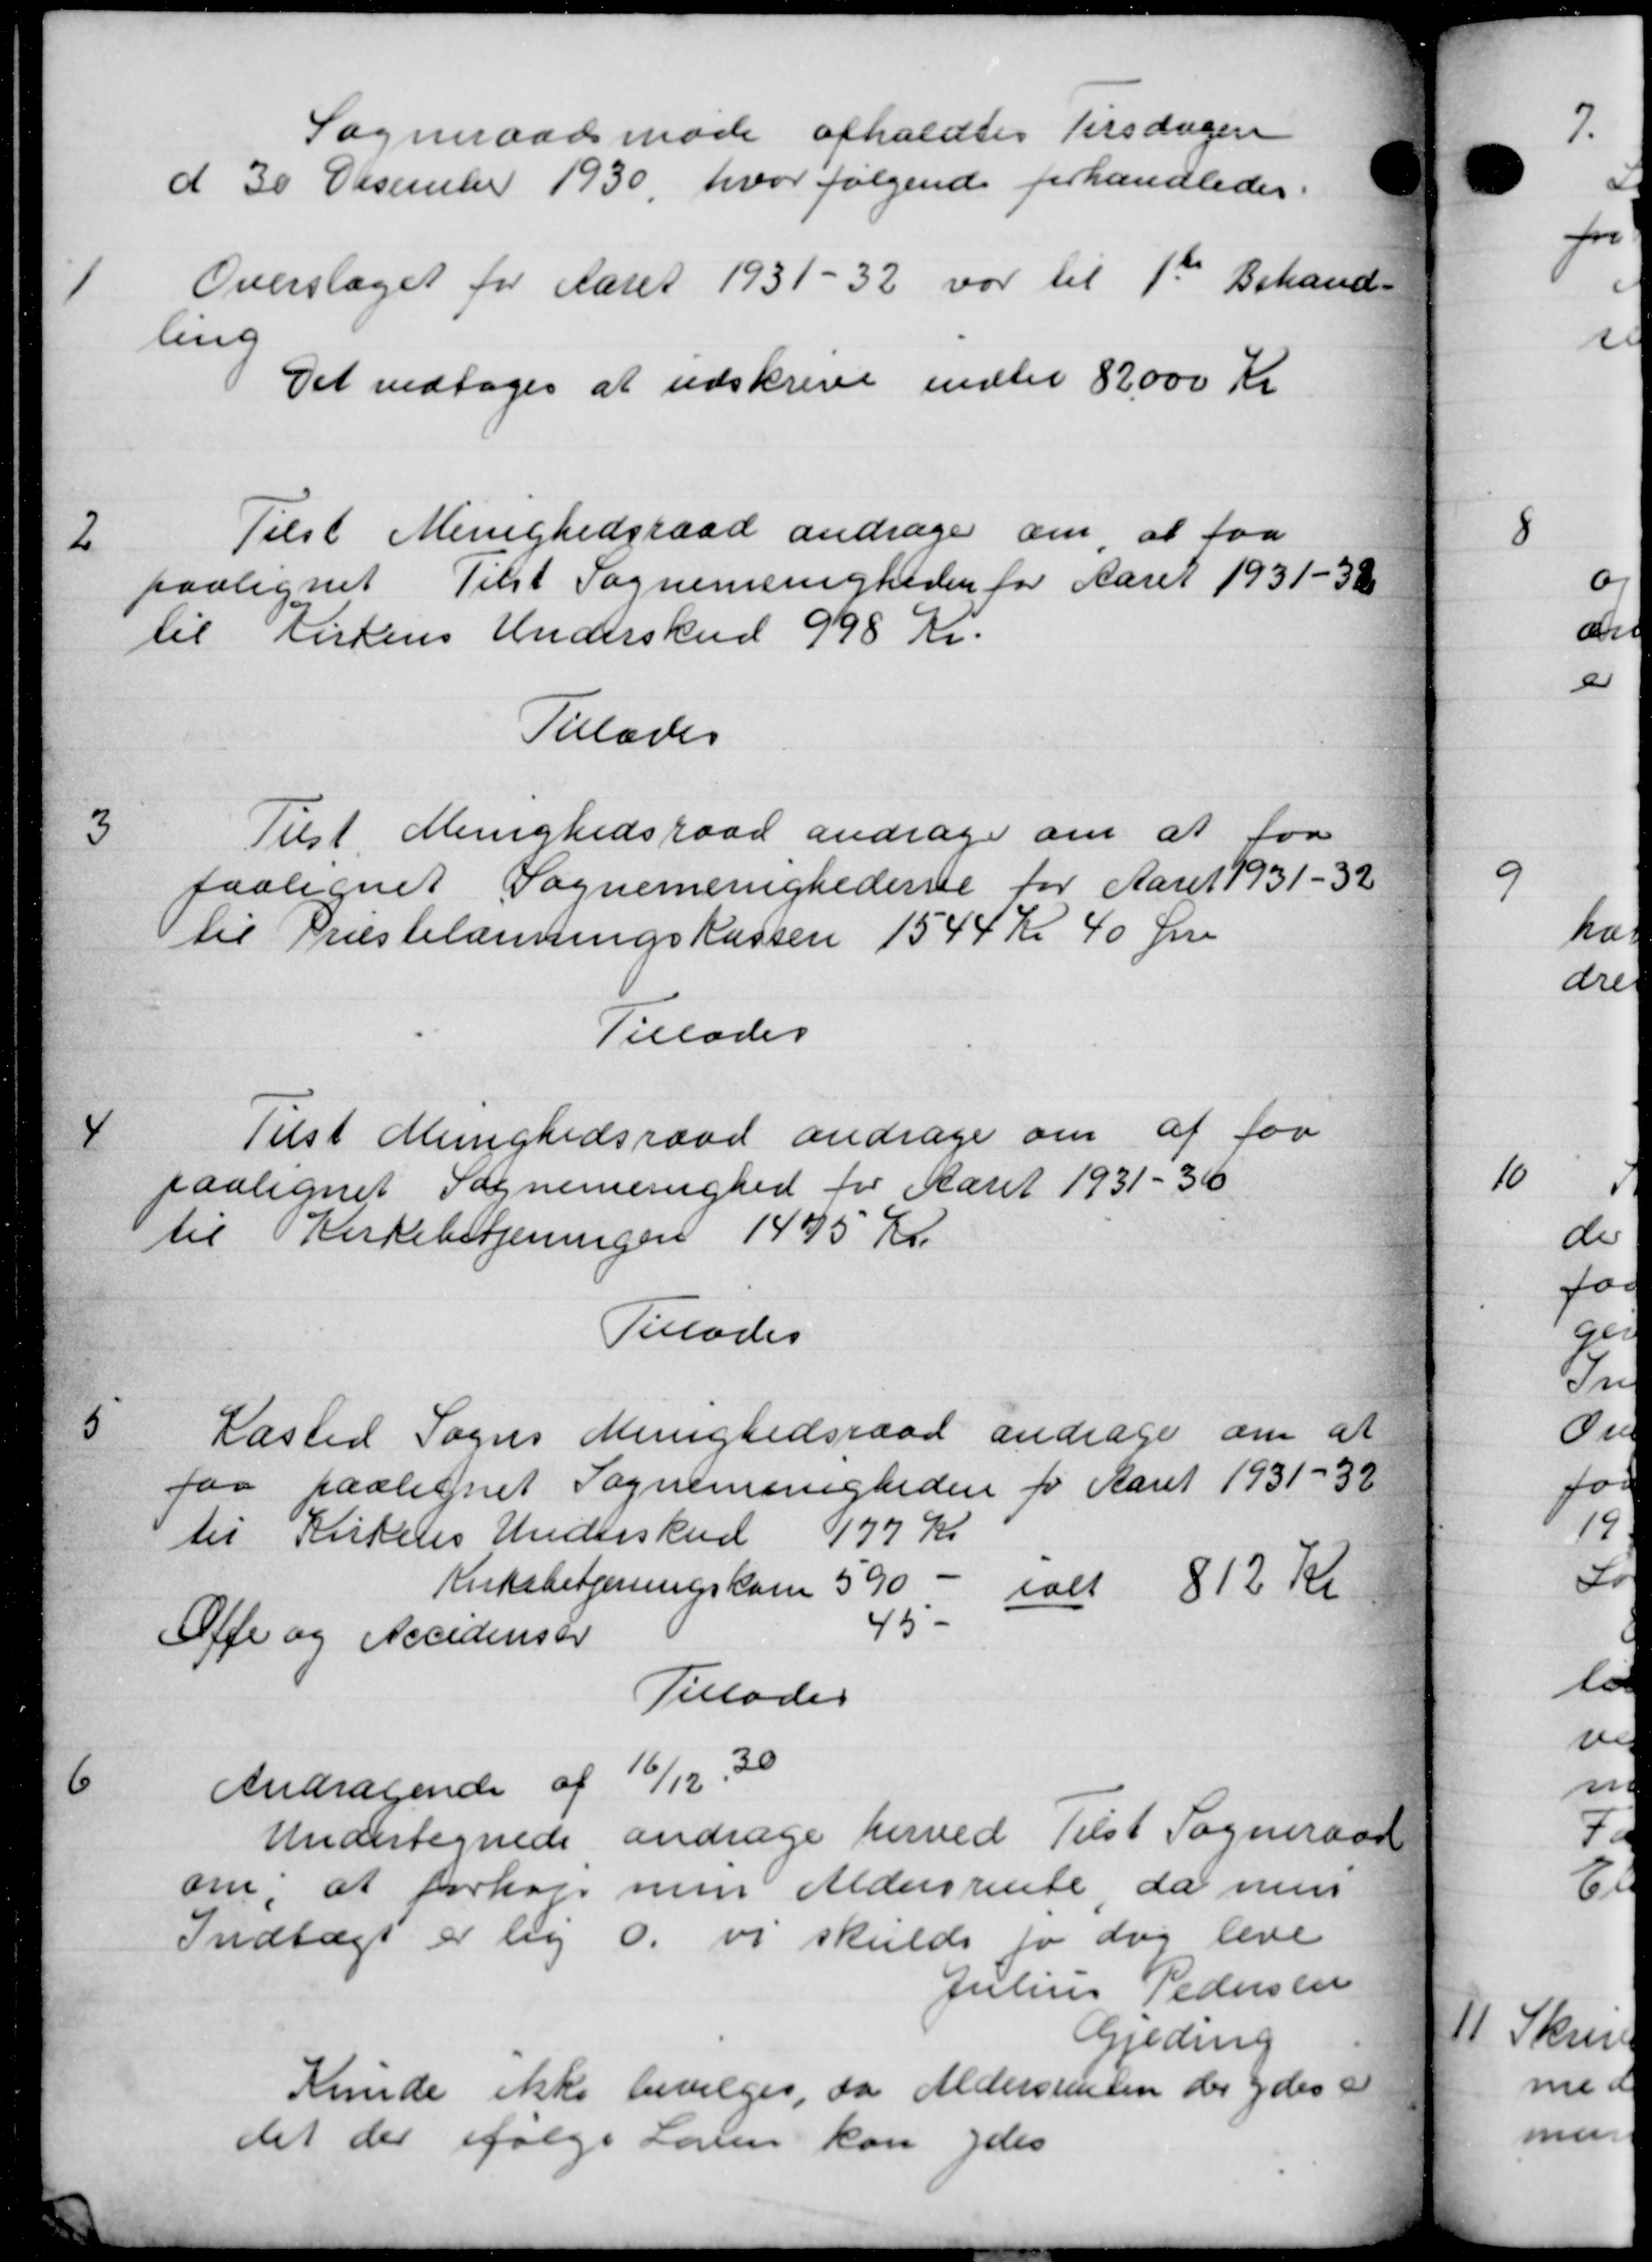
Transskription:
Sogneraadsmøde afholdtes Tirsdagen
d 30 Desember 1930, hvor følgende forhandledes.
1
Overslaget for Aaret 1931-32 var til 1st Behand-
ling
Det vedtoges at udskrive indtil 82000 Kr
2
Telst Menighedsraad andrager om, at faa
paalignet Tilst Sognemenigheden for Aaret 1931 -38
til Listens Underskud 998 Kr.
Tillades
3
Telst Menighedsraad andrager om at faa
paalignet Sognemenighederne for Aaret 1931-32
til Præstelænningskassen 1544 Kr 40 Øre
Tillades
4
Tilst Menighedsraad andrage om at for
paalignet Sognemenighed for Aaret 1931-36
til Kirkebetjeningen 1495 Kr.
Tillodes
5
Kasted Sogns Menighedsraad andrage om at
faa paalignet Sognemenigheden for Aaret 1931-32
til Kistens Underskud
177 Kr
Kirkebetjeningskom
590 -
Offe og Accidensen
45 -
ialt 812 Kr
Tillades
6
Andragende af 1/12. 30
Undertegnede andrage herved Tilst Sogneraad
om, at forhøje men Aldersrente, da mun
Indtægt er lig o. vi skulde for dog leve
Julius Pedersen
Gjeding
Kunde ikke bevilges, da Aldersrenten der ydes
det der ifølge Loven kan ydes